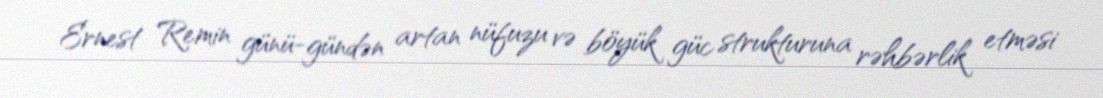
Ernest Remin günü-gündən artan nüfuzu və böyük güc strukturuna rəhbərlik etməsi